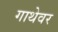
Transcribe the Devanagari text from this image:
गाथेवर